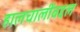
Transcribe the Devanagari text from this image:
हालचालींबद्दल